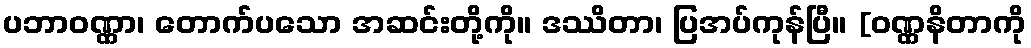
ပဘာဝဏ္ဏာ၊ တောက်ပသော အဆင်းတို့ကို။ ဒဿိတာ၊ ပြအပ်ကုန်ပြီ။ [ဝဏ္ဏနိတာကို